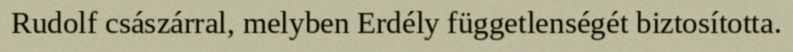
Rudolf császárral, melyben Erdély függetlenségét biztosította.